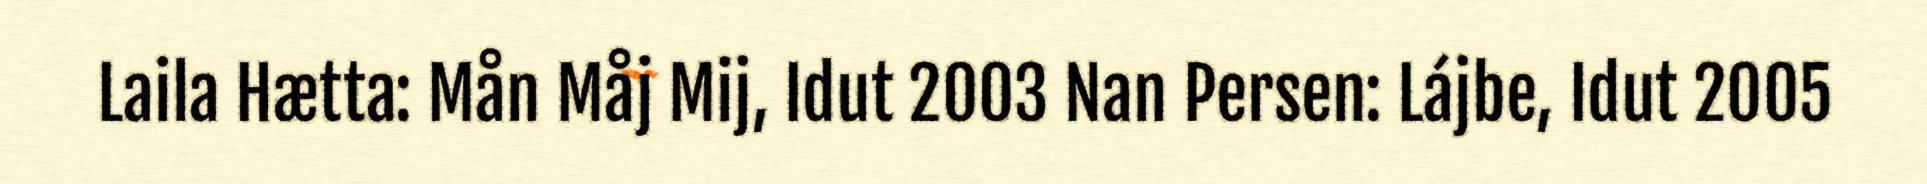
Laila Hætta: Mån Måj Mij, Idut 2003 Nan Persen: Lájbe, Idut 2005